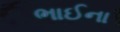
ભાઈના